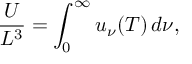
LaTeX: { \frac { U } { L ^ { 3 } } } = \int _ { 0 } ^ { \infty } u _ { \nu } ( T ) \, d \nu ,